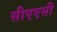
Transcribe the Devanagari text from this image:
सीएएसी